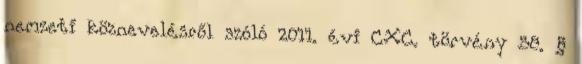
nemzeti köznevelésről szóló 2011. évi CXC. törvény 58. §